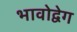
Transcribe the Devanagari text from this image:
भावोद्वेग